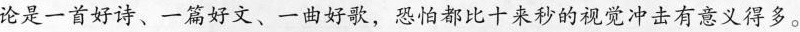
论是一首好诗、一篇好文、一曲好歌，恐怕都比十来秒的视觉冲击有意义得多。